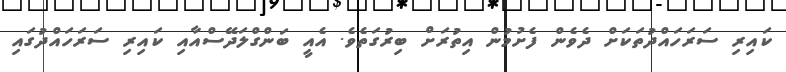
ކައިރި ސަރަހައްދުތަކަށް ދެވެން ފެށުމުން އިތުރަށް ބިރުގަތެވެ. އެއީ ބަންގްލަދޭސްއާއި ކައިރި ސަރަހައްދުގައި